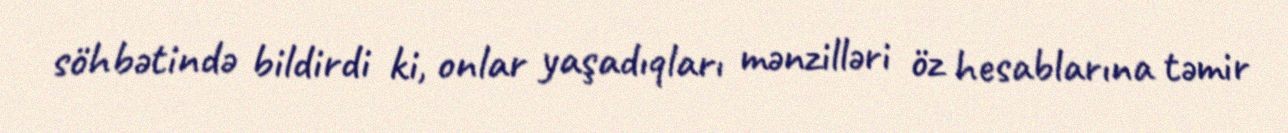
söhbətində bildirdi ki, onlar yaşadıqları mənzilləri öz hesablarına təmir